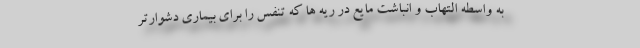
به واسطه التهاب و انباشت مایع در ریه ها که تنفس را برای بیماری دشوارتر